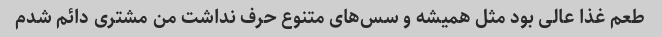
طعم غذا عالی بود مثل همیشه و سس‌های متنوع حرف نداشت من مشتری دائم شدم